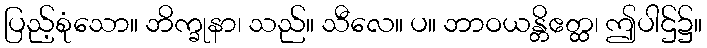
ပြည့်စုံသော။ ဘိက္ခုနာ၊ သည်။ သီလေ။ ပ။ ဘာဝယန္တိဧတ္ထ၊ ဤပါဌ်၌။